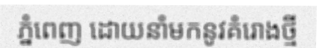
ភ្នំពេញ ដោយនាំមកនូវគំរោងថ្មី